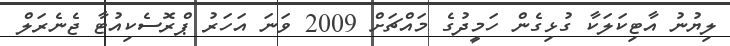
ލިޔުނު އާޓިކަލަކާ ގުޅިގެން ހަމީދުގެ މައްޗަށް 2009 ވަނަ އަހަރު ޕްރޮސެކިއުޓާ ޖެނެރަލް